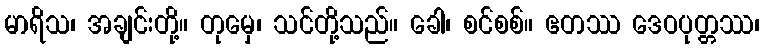
မာရိသ၊ အချင်းတို့။ တုမှေ၊ သင်တို့သည်။ ခေါ၊ စင်စစ်။ ဧတဿ ဒေဝပုတ္တဿ၊